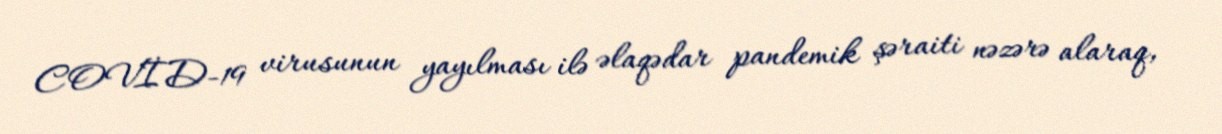
COVİD-19 virusunun yayılması ilə əlaqədar pandemik şəraiti nəzərə alaraq,